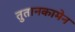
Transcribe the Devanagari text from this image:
तुतानकामेन